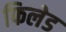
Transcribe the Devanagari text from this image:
फिलेड